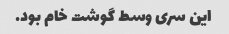
این سری وسط گوشت خام بود.